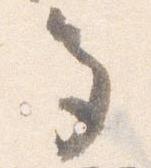
多